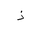
Letter: _thal